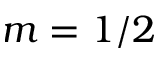
m = 1 / 2